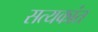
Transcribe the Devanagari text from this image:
सत्यकांत